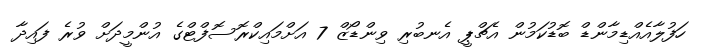
ހަފުލާއެއްޑިމާންޑް ބޮޑުކަމުން އެޗްޕީ އެނބުރި ވިންޑޯޒް 7 އަށްމައިކްރޮސޮފްޓްގެ އުންމީދަށް ވުރެ ފައިދާ